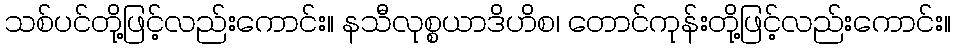
သစ်ပင်တို့ဖြင့်လည်းကောင်း။ နသီလုစ္စယာဒိဟိစ၊ တောင်ကုန်းတို့ဖြင့်လည်းကောင်း။